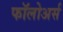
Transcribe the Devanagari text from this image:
फॉलोअर्स